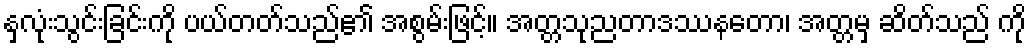
နှလုံးသွင်းခြင်းကို ပယ်တတ်သည်၏ အစွမ်းဖြင့်။ အတ္တသုညတာဒဿနတော၊ အတ္တမှ ဆိတ်သည် ကို